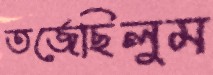
তর্জেছিলুম